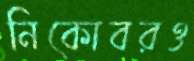
নিকোবরও